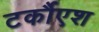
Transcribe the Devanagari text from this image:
टर्कौएश